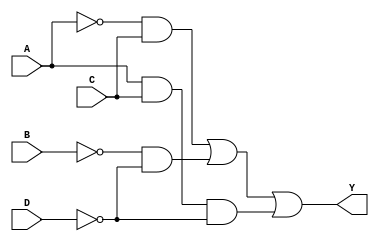
module kmap_4var (
    input wire A, // Input variable A
    input wire B, // Input variable B
    input wire C, // Input variable C
    input wire D, // Input variable D
    output wire Y // Output variable Y
);

// Implementing the logic based on the derived expression
assign Y = (~A & C) | (~B & ~D) | (A & C & ~D); 

endmodule